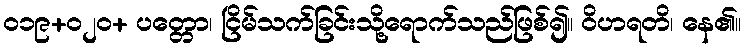
ဝ၁၉+၀၂ဝ+ ပတ္တော၊ ငြိမ်သက်ခြင်းသို့ရောက်သည်ဖြစ်၍။ ဝိဟရတိ၊ နေ၏။